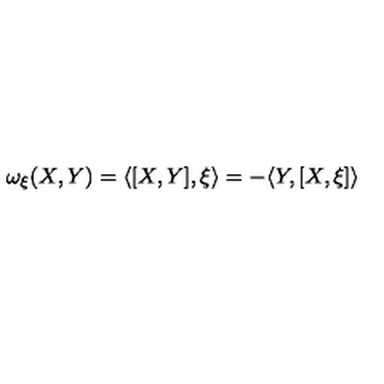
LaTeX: \omega _ { \xi } ( X , Y ) = \langle [ X , Y ] , \xi \rangle = - \langle Y , [ X , \xi ] \rangle